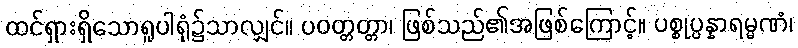
ထင်ရှားရှိသောရူပါရုံ၌သာလျှင်။ ပဝတ္တတ္တာ၊ ဖြစ်သည်၏အဖြစ်ကြောင့်။ ပစ္စုပ္ပန္နာရမ္မဏံ၊